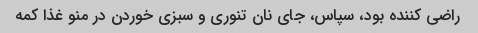
راضی کننده بود، سپاس، جای نان تنوری و سبزی خوردن در منو غذا کمه